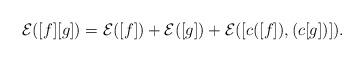
LaTeX: \begin{gather*}{\cal E}([f][g]) = {\cal E}([f]) + {\cal E}([g]) + {\cal E}([c([f]),(c[g])]).\end{gather*}